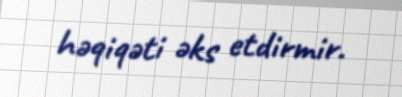
həqiqəti əks etdirmir.